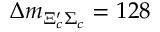
\Delta m _ { \Xi _ { c } ^ { \prime } \Sigma _ { c } } = 1 2 8